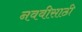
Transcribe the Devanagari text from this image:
नववीसाठी